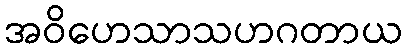
အဝိဟေသာသဟဂတာယ